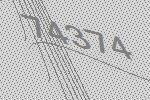
74374